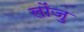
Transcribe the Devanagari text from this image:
लोंजु